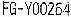
FG-Y00264